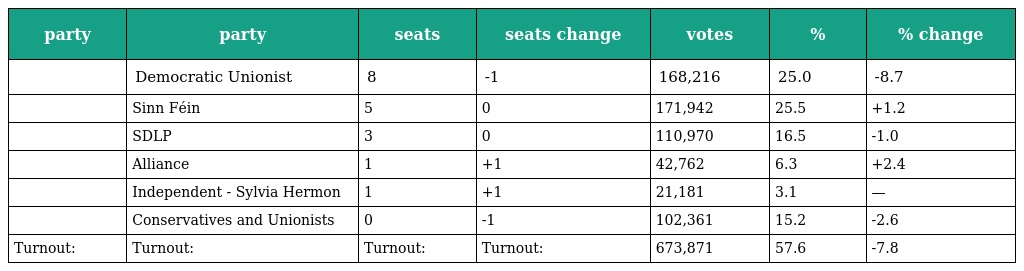
| party | party | seats | seats change | votes | % | % change |
 | --- | --- | --- | --- | --- | --- | --- |
 |  | Democratic Unionist | 8 | -1 | 168,216 | 25.0 | -8.7 |
 |  | Sinn Féin | 5 | 0 | 171,942 | 25.5 | +1.2 |
 |  | SDLP | 3 | 0 | 110,970 | 16.5 | -1.0 |
 |  | Alliance | 1 | +1 | 42,762 | 6.3 | +2.4 |
 |  | Independent - Sylvia Hermon | 1 | +1 | 21,181 | 3.1 | — |
 |  | Conservatives and Unionists | 0 | -1 | 102,361 | 15.2 | -2.6 |
 | Turnout: | Turnout: | Turnout: | Turnout: | 673,871 | 57.6 | -7.8 |